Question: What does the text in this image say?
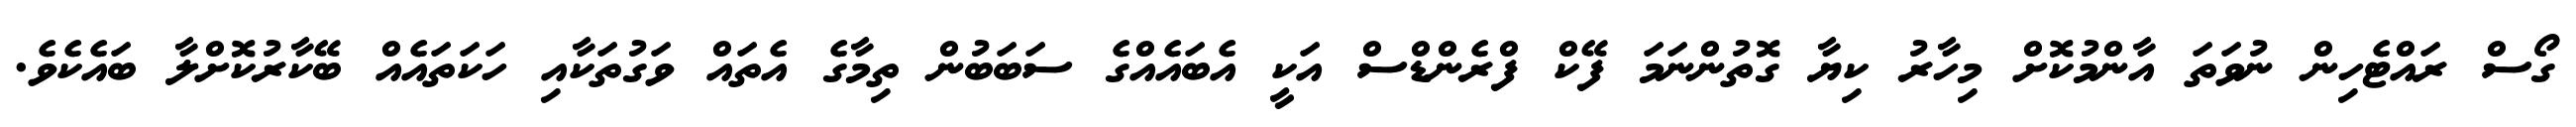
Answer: ގޯސް ރައްޓެހިން ނުވަތަ އާންމުކޮށް މިހާރު ކިޔާ ގޮތުންނަމަ ފޭކް ފްރެންޑްސް އަކީ އެބައެއްގެ ސަބަބުން ތިމާގެ އެތައް ވަގުތަކާއި ހަކަތައެއް ބޭކާރުކޮށްލާ ބައެކެވެ.